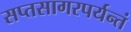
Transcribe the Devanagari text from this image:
सप्तसागरपर्यन्तं